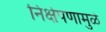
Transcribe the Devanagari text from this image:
निक्षेपणामुळे